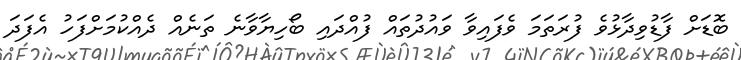
ބޮޑަށް ފާޑުވިދާޅުވެ ފުރަތަމަ ވެފައިވާ ވައުދުތައް ފުއްދައި ބޯހިޔާވާނެ ތަނެއް ދެއްކުމަށްފަހު އެފަދަ